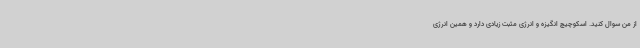
از من سوال کنید. اسکوچیچ انگیزه و انرژی مثبت زیادی دارد و همین انرژی